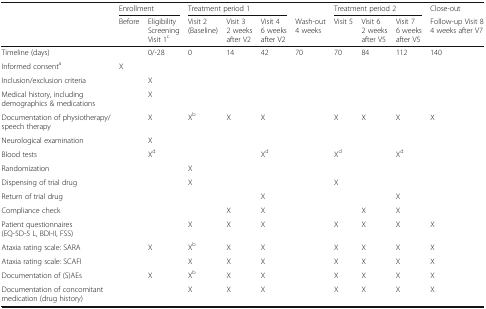
<table><thead><tr><td></td><td colspan="2"><b>Enrollment</b></td><td colspan="3"><b>Treatment period 1</b></td><td></td><td colspan="3"><b>Treatment period 2</b></td><td><b>Close-out</b></td></tr><tr><td></td><td><b>Before</b></td><td><b>Eligibility ScreeningVisit 1<sup>c</sup></b></td><td><b>Visit 2(Baseline)</b></td><td><b>Visit 32 weeks after V2</b></td><td><b>Visit 46 weeks after V2</b></td><td><b>Wash-out4 weeks</b></td><td><b>Visit 5</b></td><td><b>Visit 62 weeks after V5</b></td><td><b>Visit 76 weeks after V5</b></td><td><b>Follow-up Visit 84 weeks after V7</b></td></tr></thead><tbody><tr><td>Timeline (days)</td><td></td><td>0/-28</td><td>0</td><td>14</td><td>42</td><td>70</td><td>70</td><td>84</td><td>112</td><td>140</td></tr><tr><td>Informed consent<sup>a</sup></td><td>X</td><td></td><td></td><td></td><td></td><td></td><td></td><td></td><td></td><td></td></tr><tr><td>Inclusion/exclusion criteria</td><td></td><td>X</td><td></td><td></td><td></td><td></td><td></td><td></td><td></td><td></td></tr><tr><td>Medical history, including demographics &amp; medications</td><td></td><td>X</td><td></td><td></td><td></td><td></td><td></td><td></td><td></td><td></td></tr><tr><td>Documentation of physiotherapy/speech therapy</td><td></td><td>X</td><td>X<sup>b</sup></td><td>X</td><td>X</td><td></td><td>X</td><td>X</td><td>X</td><td>X</td></tr><tr><td>Neurological examination</td><td></td><td>X</td><td></td><td></td><td></td><td></td><td></td><td></td><td></td><td></td></tr><tr><td>Blood tests</td><td></td><td>X<sup>d</sup></td><td></td><td></td><td>X<sup>d</sup></td><td></td><td>X<sup>d</sup></td><td></td><td>X<sup>d</sup></td><td></td></tr><tr><td>Randomization</td><td></td><td></td><td>X</td><td></td><td></td><td></td><td></td><td></td><td></td><td></td></tr><tr><td>Dispensing of trial drug</td><td></td><td></td><td>X</td><td></td><td></td><td></td><td>X</td><td></td><td></td><td></td></tr><tr><td>Return of trial drug</td><td></td><td></td><td></td><td></td><td>X</td><td></td><td></td><td></td><td>X</td><td></td></tr><tr><td>Compliance check</td><td></td><td></td><td></td><td>X</td><td>X</td><td></td><td></td><td>X</td><td>X</td><td></td></tr><tr><td>Patient questionnaires(EQ-5D-5 L, BDI-II, FSS)</td><td></td><td></td><td>X</td><td>X</td><td>X</td><td></td><td>X</td><td>X</td><td>X</td><td>X</td></tr><tr><td>Ataxia rating scale: SARA</td><td></td><td>X</td><td>X<sup>b</sup></td><td>X</td><td>X</td><td></td><td>X</td><td>X</td><td>X</td><td>X</td></tr><tr><td>Ataxia rating scale: SCAFI</td><td></td><td></td><td>X</td><td>X</td><td>X</td><td></td><td>X</td><td>X</td><td>X</td><td>X</td></tr><tr><td>Documentation of (S)AEs</td><td></td><td>X</td><td>X<sup>b</sup></td><td>X</td><td>X</td><td></td><td>X</td><td>X</td><td>X</td><td>X</td></tr><tr><td>Documentation of concomitant medication (drug history)</td><td></td><td></td><td>X</td><td>X</td><td>X</td><td></td><td>X</td><td>X</td><td>X</td><td>X</td></tr></tbody></table>